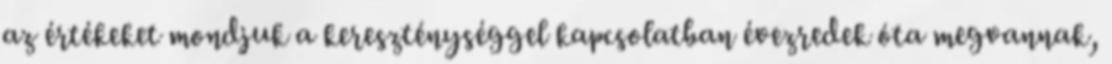
az értékeket mondjuk a kereszténységgel kapcsolatban évezredek óta megvannak,